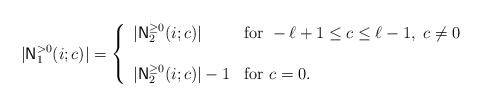
\begin{align*}|{\sf N}_1^{> 0}(i; c)| = \left\{\begin{array}{ll}|{\sf N}_2^{\geq 0}(i; c)| & {\rm for}\ -\ell+1\leq c\leq \ell-1, \ c\neq 0\\& \\ |{\sf N}_2^{\geq 0}(i; c)|-1 & {\rm for}\ c=0.\\\end{array} \right.\end{align*}